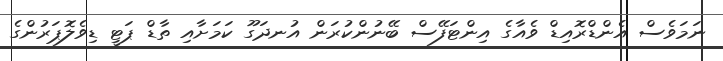
ނަމަވެސް އެންޑްރޮއިޑް ވެއާގެ އިންޓަފޭސް ބޭނުންކުރަން އުނދަގޫ ކަމަށާއި ތާޑް ޕަޓީ ޑިވެލޮޕަރުންގެ